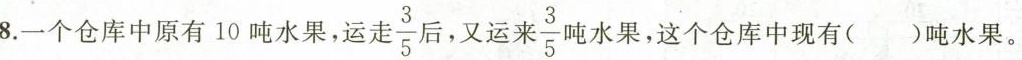
8.一个仓库中原有10吨水果，运走 \frac{3}{5} 后，又运来 \frac{3}{5} 吨水果，这个仓库中现有()吨水果。